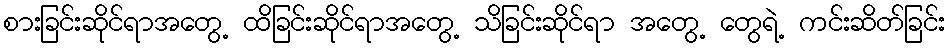
စားခြင်းဆိုင်ရာအတွေ့ ထိခြင်းဆိုင်ရာအတွေ့ သိခြင်းဆိုင်ရာ အတွေ့ တွေရဲ့ ကင်းဆိတ်ခြင်း